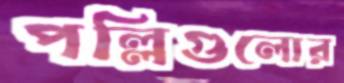
পল্লিগুলোর